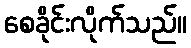
စေခိုင်းလိုက်သည်။